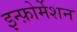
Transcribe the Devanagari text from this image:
इन्फ़ोर्मेशन